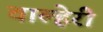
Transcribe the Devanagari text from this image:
चाल्हेरी